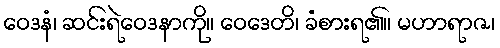
ဝေဒနံ၊ ဆင်းရဲဝေဒနာကို။ ဝေဒေတိ၊ ခံစားရ၏။ မဟာရာဇ၊